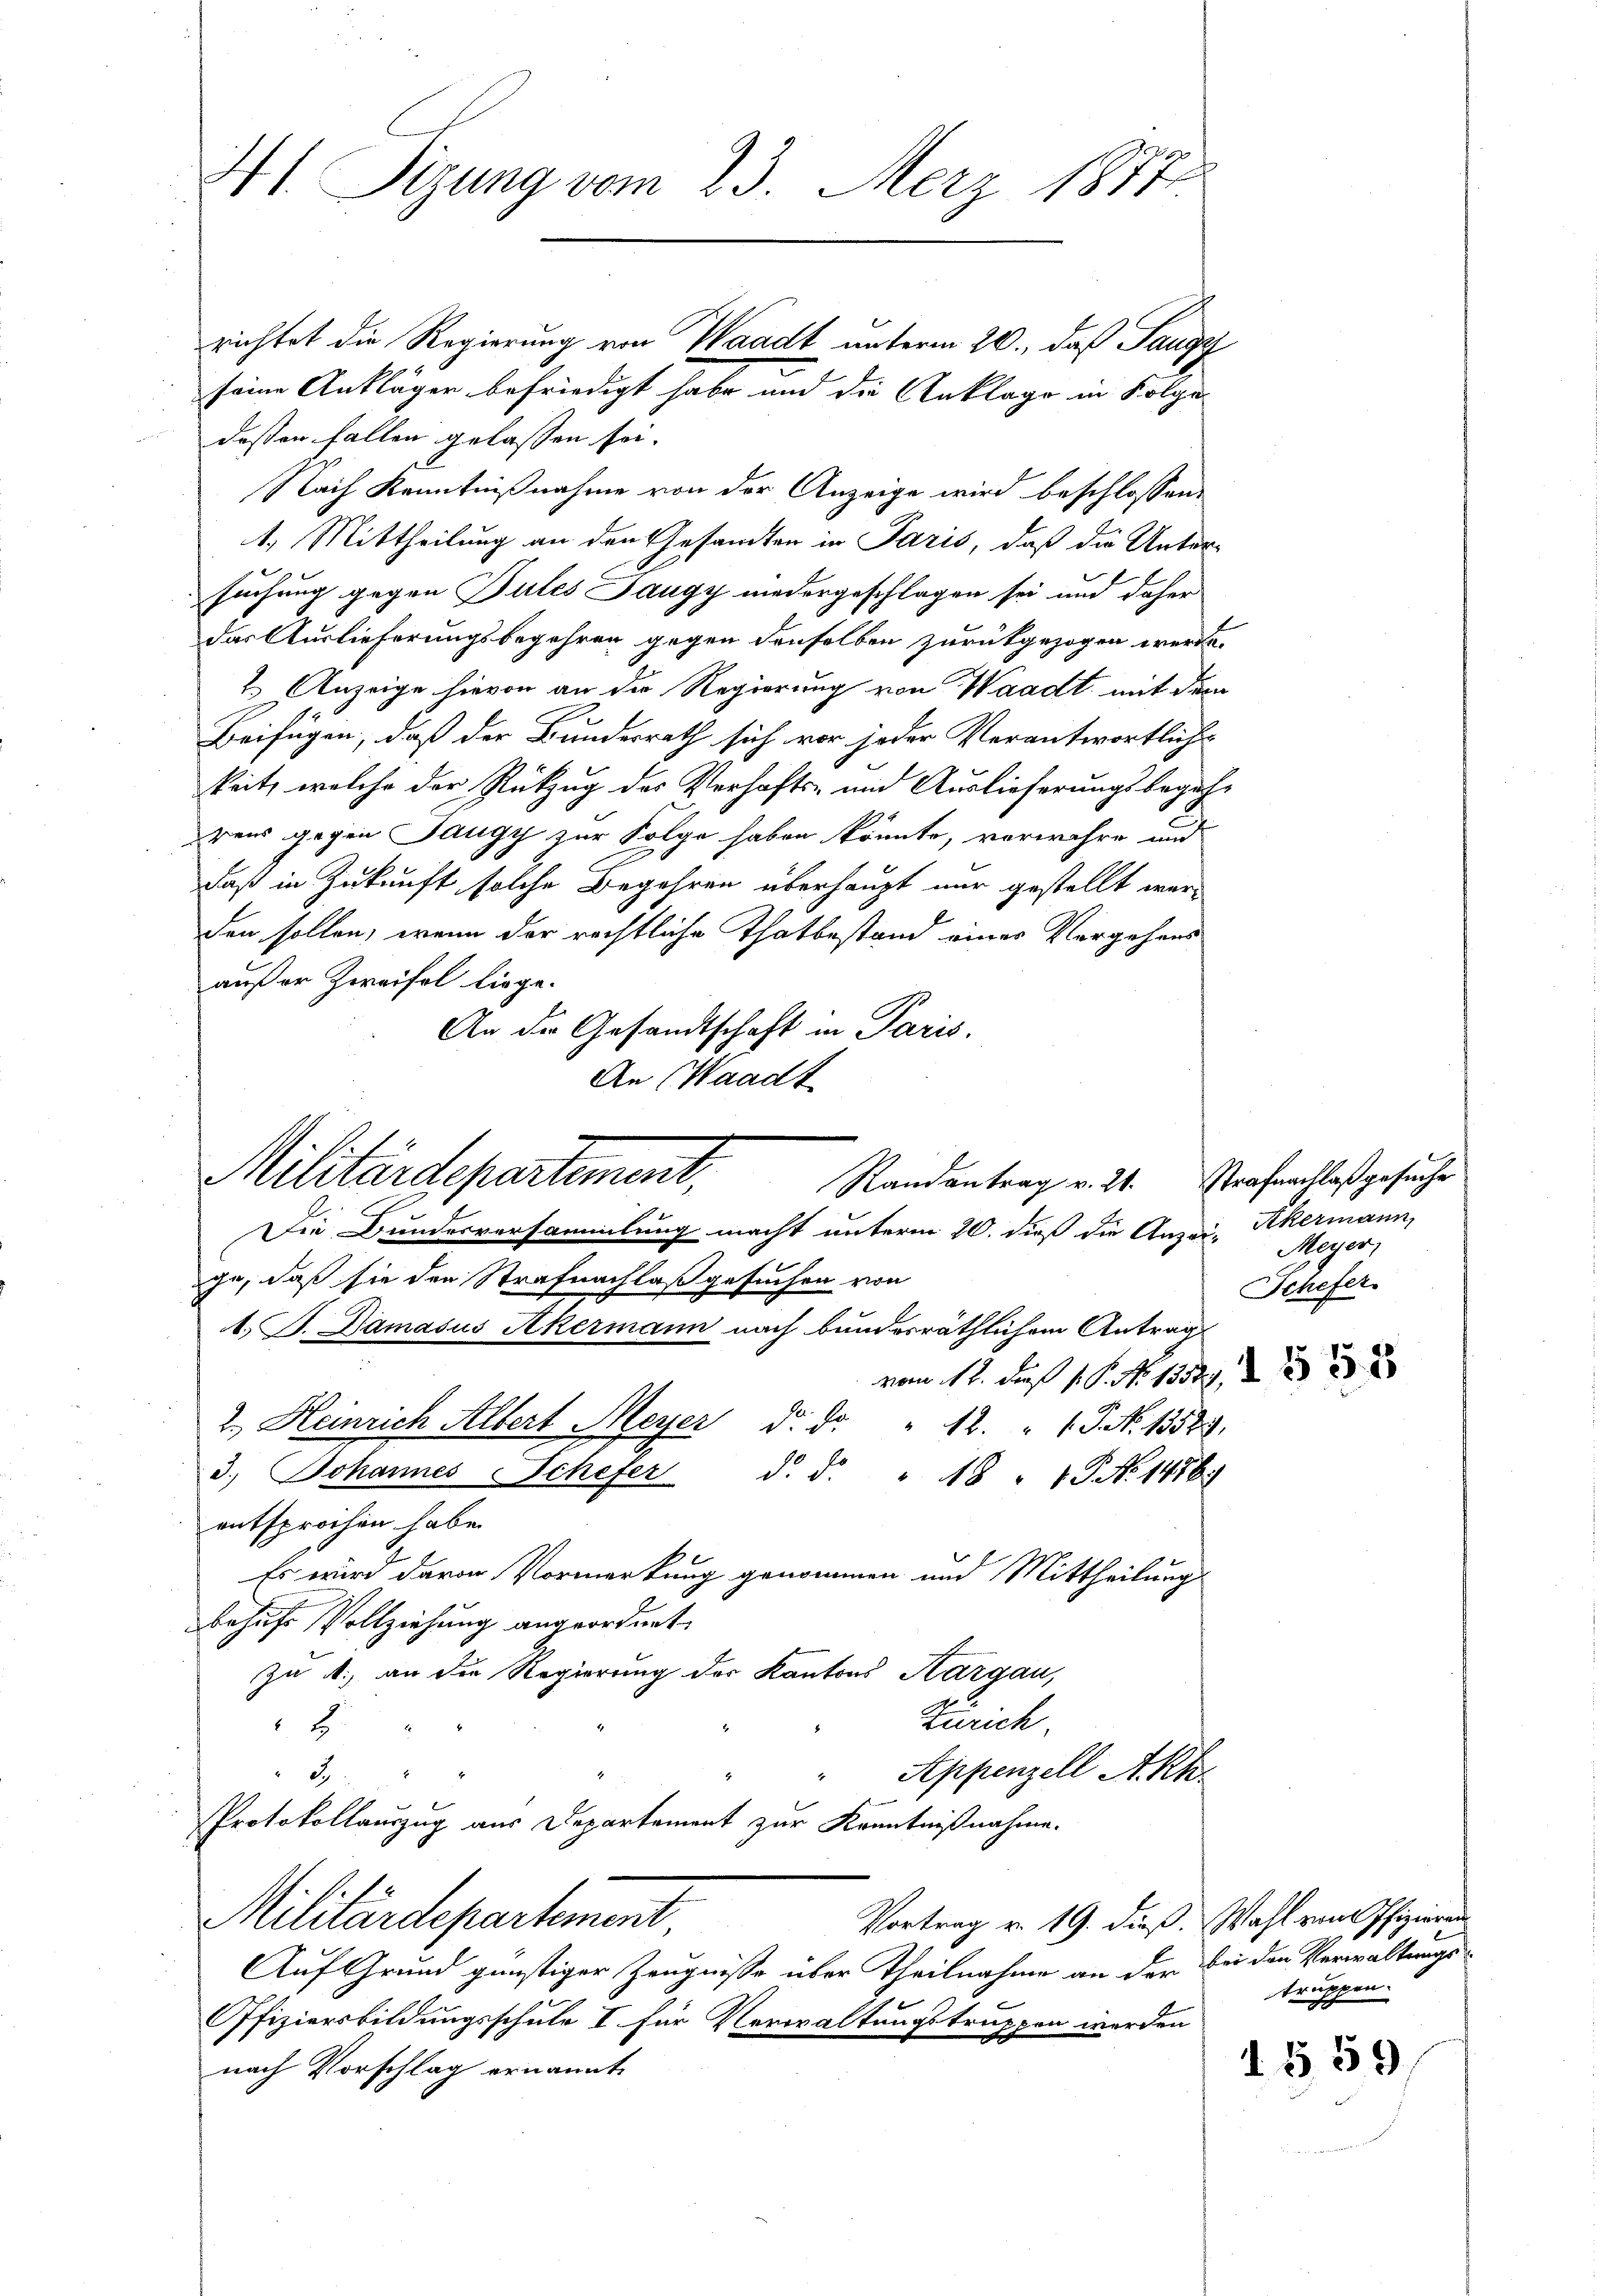
41. Sizung vom 23. Merz 1877

richtet die Regierung von Waadt unterm 20., daß Saugy
seine Ankläger befriedigt habe und die Anklage in Folge
deßen fallen gelassen sei.
Nach Kenntnißnahme von der Anzeige wird beschlossen:
1. Mittheilung an den Gesandten in Paris, daß die Unter-
suchung gegen Pules Jaugy niedergeschlagen sei und daher
das Auslieferungsbegehren gegen denselben zurückgezogen werde.
2. Anzeige hievon an die Regierung von Waadt, mit dem
Beifügen, daß der Bundesrath sich vor jeder Verantwortlich-
keit, welche der Rückzug des Verhafts- und Auslieferungsbegehrens gegen Tangy zur Folge haben könnte, vorwahre und
daß in Zukunft solche Begehren überhaupt nur gestellt werden sollen, wenn der rechtliche Thatbestand eines Vorgehens
außer Zweifel liege.
An der Gesandtschaft in Paris.
An Waadt
Die Bundesversammlung macht unterm 20. dieß die Anzei- Akermann,
ge, daß sie der Strafnachlaß gesuchen von
. B. Damasus Akermann nach bundesräthlichem Antrag
vom 11. Den 1 S. Nr. 1854, 2
2.) Heinrich Albert Meyer d. d. " 12. " J. No. 13523.
3.) Johannes Schefer d. d. " 48 " " P. N. 1476.
entsprochen habe.
Es wird davon Vormerkung genommen und Mittheilung
behufs Vollziehung angeordnet.
Zu A., an die Regierung der Kantons Aargau,
Zürich.
t
Appenzell A.Rh.
3
Protokollauszug aus Departement zur Kenntnißnahme.
Militärdepartement
Vortrag v. 19. dieß. Wahl vom Pfizieren
Auf Grund günstiger Zeugnisse über Theilnahme an der bei den Verwaltungs-
Ofiziersbildungsschule I für Verwaltungstruppen werden
nach Vorschlag ernannt

Militärdepartement,

Randantrag v. 21. Strafnachlaß gesuche

Meyer,
Schefer.

truppen.

1 § 59.